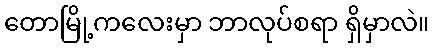
တောမြို့ကလေးမှာ ဘာလုပ်စရာ ရှိမှာလဲ။